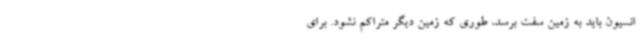
انسیون باید به زمین سفت برسد، طوری که زمین دیگر متراکم نشود. برای